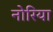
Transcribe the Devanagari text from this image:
नोरिया